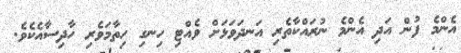
އެންމެ ފުން އަދި އެންމެ ނުރައްކާތެރި އަނދަވަޅަށް ވެއްޓި ހިނގި ހިތާމަވެރި ހާދިސާއެކެވެ.